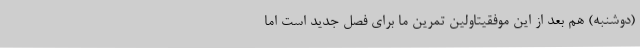
(دوشنبه) هم بعد از این موفقیتاولین تمرین ما برای فصل جدید است اما